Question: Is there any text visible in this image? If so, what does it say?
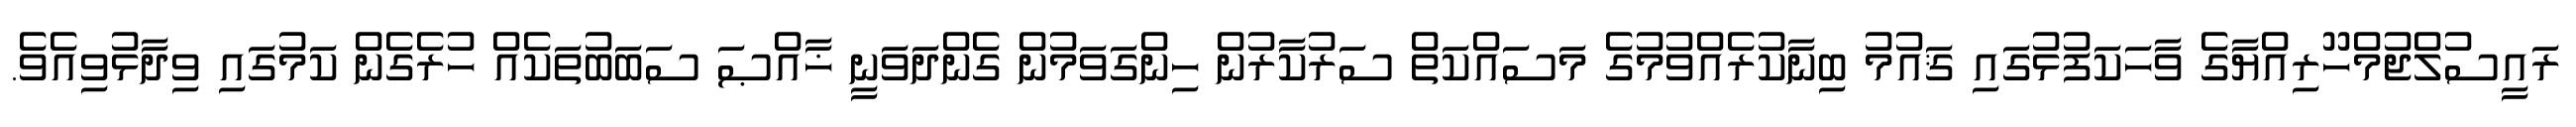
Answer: ރައީސުލްޖުމްހޫރިއްޔާގެ ވާހަކަފުޅުގައި ޤައުމު ބިނާކުރެއްވުމުގެ މަސައްކަތް ސަރުކާރުން ހިންގަވަމުން ގެންދަވަނީ ޚާއްޞަ ސަބަބުތަކެއް ހުރެގެން ކަމުގައި ވިދާޅުވިއެވެ.